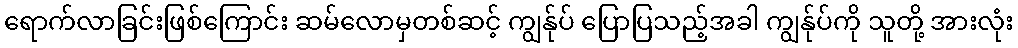
ရောက်လာခြင်းဖြစ်ကြောင်း ဆမ်လောမှတစ်ဆင့် ကျွန်ုပ် ပြောပြသည့်အခါ ကျွန်ုပ်ကို သူတို့ အားလုံး